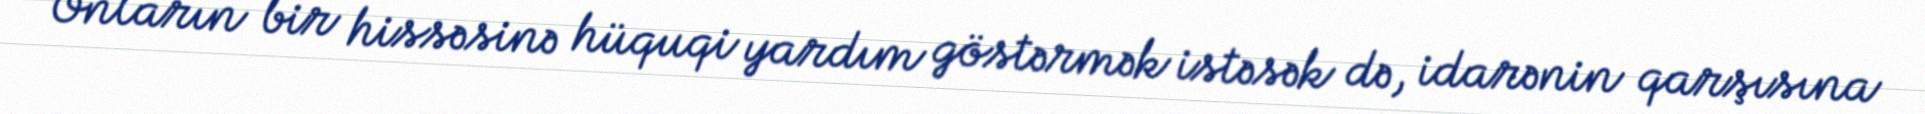
Onların bir hissəsinə hüquqi yardım göstərmək istəsək də, idarənin qarşısına